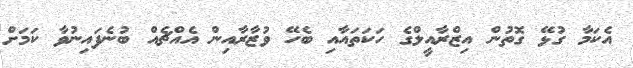
އެކަމާ ގުޅޭ ގޮތުން އިޒްރާއީލްގެ ހަކަތައާއި ބެހޭ ވުޒާރާއިން އެއްޗެއް ބުނެފައިނުވާ ކަމަށް